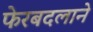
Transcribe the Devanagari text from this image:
फेरबदलाने